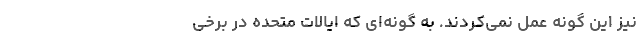
نیز این گونه عمل ­نمی‌­کردند. به گونه‌­ای که ایالات متحده در برخی